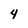
Character: 4